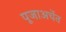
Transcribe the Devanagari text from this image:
पूजाअर्चेत